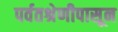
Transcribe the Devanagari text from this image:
पर्वतश्रेणीपासून